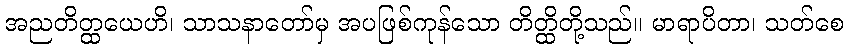
အညတိတ္ထယေဟိ၊ သာသနာတော်မှ အပဖြစ်ကုန်သော တိတ္ထိတို့သည်။ မာရာပိတာ၊ သတ်စေ